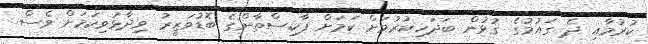
ކުރުމާއި ދެ ގައުމުގެ ގުޅުން ބަދަހިކުރުމަށް ކަމަށް ޕާކިސްތާންގެ ބޮޑުވަޒީރު ވިދާޅުވިކަމަށް ވެސް